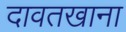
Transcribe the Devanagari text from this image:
दावतखाना